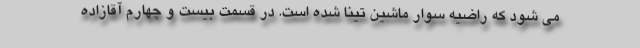
می شود که راضیه سوار ماشین تینا شده است. در قسمت بیست و چهارم آقازاده